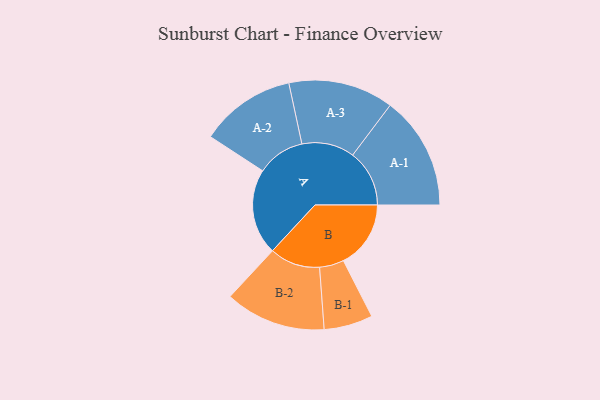
{"axis": {"x": "Segment", "y": "Value"}, "legend": ["", "A", "B"], "data": [{"x": "A", "y": 436, "type": ""}, {"x": "B", "y": 342, "type": ""}, {"x": "A-1", "y": 288, "type": "A"}, {"x": "A-2", "y": 243, "type": "A"}, {"x": "A-3", "y": 267, "type": "A"}, {"x": "B-1", "y": 124, "type": "B"}, {"x": "B-2", "y": 256, "type": "B"}]}